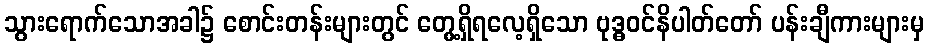
သွားရောက်သောအခါ၌ စောင်းတန်းများတွင် တွေ့ရှိရလေ့ရှိသော ဗုဒ္ဓဝင်နိပါတ်တော် ပန်းချီကားများမှ